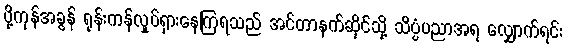
ပို့ကုန်အခွန် ရုန်းကန်လှုပ်ရှားနေကြရသည် အင်တာနက်ဆိုင်သို့ သိပ္ပံပညာအရ လျှောက်ရင်း